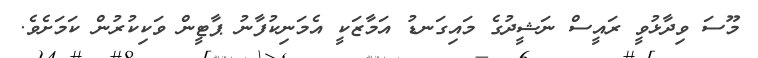
މޫސަ ވިދާޅުވީ ރައީސް ނަޝީދުގެ މައިގަނޑު އަމާޒަކީ އެމަނިކުފާނު ޕާޓީން ވަކިކުރުން ކަމަށެވެ.